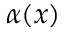
\alpha ( x )